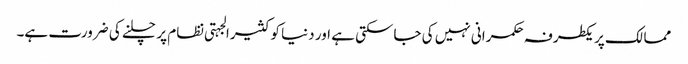
ممالک پر یکطرفہ حکمرانی نہیں کی جاسکتی ہے اور دنیا کو کثیرالجہتی نظام پر چلنے کی ضرورت ہے۔